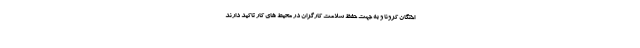
اختگان کرونا و به جهت حفظ سلامت کارگران در محیط های کار تاکید دارند